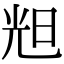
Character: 𣆥